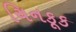
ચિનકૂક